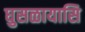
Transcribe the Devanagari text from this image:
घुसळायासि